Vaccination United Provinces of Agra and Oudh 1914-1922 - 1914-1922
Year: 1914
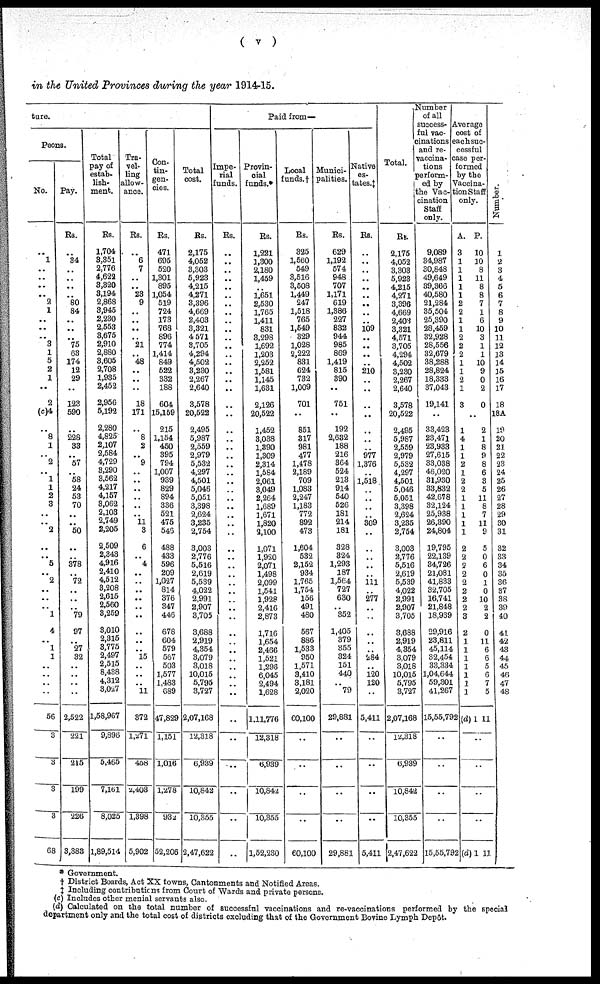
( v )
in the United Provinces during the year 1914-15.
ture.
Peons.
No.
..
1
..
..
. .
..
2 1
..
..
..
3
1
5
2
1
..
2
(c)4
..
8
1
..
2
..
1
1
2
3
..
..
2
..
..
5
..
2
..
..
.. 1
4
..
1
1
..
..
..
..
56
3
3
3
3
68
Pay.
Rs.
..
34
..
..
..
..
80
84
..
..
..
75
63
174
12
29
..
123
590
..
228
33
..
57
..
58
24
53
70
..
..
50
..
..
378
..
72
..
..
.. 79
97
..
27
32
..
..
..
..
2,522
221
215
199
226
3,383
Total
pay of
estab-
lish¬
ment.
Rs.
1,704
3,351
2,776
4,622
3,320
3,194
2,868
3,945
2,230
2,553
3,675
2,910
2,880
3,605
2,708
1,935
2,452
2,956
5,192
2,280
4,825
2,107
2,584
4,729
3,290
3,562
4,217
4,157
3,062
2,103
2,749
2,205
2,509
2,343
4,916
2,410
4,512
3,208
2,615
2,560
3,259
3,010
2,315
3,775
2,497
2,515
8,438
4,312
3,027
1,58,967
9,896
5,465
7,161
8,025
1,89,514
Tra-
vel-
ling
allow¬
ance.
Rs.
..
6
7
..
..
23
9
..
..
..
..
21
..
48
..
..
..
18
171
..
8
2
..
9
..
..
..
..
..
..
11
3
6
..
4
..
..
..
..
..
..
..
..
..
15
..
..
..
11
372
l,27l
458
2,403
1,398
5,902
Con¬
tin¬
gen¬
cies.
Rs.
471
695
520
1,301
895
1,054
519
724
173
768
896
774
1,414
849
522
332
188
604
15,159
215
1,154
450
395
794
1,007
939
829
894
336
521
475
546
488
433
596
209
1,027
814
376
347
446
678
604
579
567
503
1,577
1,483
689
47,829
1,151
1,016
1,278
932
52,206
Total
cost.
Rs.
2,175
4,052
3,303
5,923
4,215
4,271
3,396
4,669
2,403
3,321
4,571
3,705
4,294
4,502
3,230
2,267
2,640
3,578
20,522
2,495
5,987
2,559
2,979
5,532
4,297
4,501
5,046
5,051
3,398
2,624
3,235
2,754
3,003
2,776
5,516
2,619
5,539
4,022
2,991
2,907
3,705
3,688
2,919
4,354
3,079
3,018
10,015
5,795
3,727
2,07,168
12,318
6,939
10,842
10,355
2,47,622
Paid from—
Impe-
rial
funds.
Rs.
..
..
..
..
..
..
..
..
..
..
..
..
..
..
..
..
..
..
..
..
..
..
..
..
..
..
..
..
..
..
..
..
..
..
..
..
..
..
..
..
..
..
..
..
..
..
..
..
..
..
..
..
..
..
..
Provin-
cial
funds.*
Rs.
1,221
1,300
2,180
1,459
..
1,651
2,530
1,765
1,411
831
3,298
1,692
1,203
2,252
1,581
1,145
1,631
2,126
20,522
1,452
3,038
1,390
1,309
2,314
1,584
2,061
3,049
2,264
1,689
3,671
1,820
2,100
1,071
1,920
2,071
1,498
2,099
1,541
1,928
2,416
2,873
1,716
1,654
2,466
1,521
1,296
6,045
2,494
1,628
1,11,776
12,318
6,939
10,842
10,355
1,52,230
Local
funds.†
Rs.
325
1,560
549
3,516
3,508
1,449
247
1,518
765
1,549
329
1,028
2,222
831
624
732
1,009
701
..
851
317
981
477
1,478
2,189
709
1,083
2,247
1,183
772
892
473
1,604
532
2,152
934
1,765
1,754
156
491
480
567
886
1,533
950
1,571
3,410
3,181
2,020
60,100
..
. .
..
..
60,100
Munici-
palities.
Rs.
629
1,192
574
948
707
1,171
619
1,386
227
832
944
985
869
1,419
815
390
..
751
..
192
2,632
188
216
364
524
213
914
540
526
181
214
181
328
324
1,293
187
1,564
727
630
..
352
1,405
379
355
324
151
440
..
79
29,881
..
..
..
..
29,881
Native
es¬
tates.‡
Rs.
..
..
..
..
..
..
..
..
..
109
..
..
..
..
210
..
..
..
..
..
..
..
977
1,376
..
1,518
..
..
..
..
309
..
..
..
..
..
111
..
277
..
..
..
..
..
284
..
120
120
..
5,411
..
..
..
..
5,411
Total.
Rs.
2,175
4,052
3,303
5,923
4,215
4,271
3,398
4,669
2,408
3,321
4,571
3,705
4,294
4,502
3,230
2,267
2,640
3,578
20,522
2,495
5,987
2,559
2,979
5,532
4,297
4,501
5,046
5,051
3,398
2,624
3,235
2,754
3,003
2,776
5,516
2,619
5,539
4,022
2,991
2,907
3,705
3,688
2,919
4,354
3,079
3,018
10,015
5,795
3,727
2,07,168
12,318
6,939
10,842
10,355
2,47,622
Number
of all
success¬
ful vac¬
cinations
and re¬
vaccina¬
tions
perform¬
ed by
the Vac¬
cination
Staff
only.
9,089
34,987
30,848
49,649
39,366
40,580
21,284
35,504
25,390
28,459
32,928
28,556
32,679
38,288
28,824
18,333
37,043
19,141
..
33,423
23,471
23,933
27,615
33,038
46,020
31,930
33,832
42,678
32,124
25,938
26,390
24,804
19,795
22,139
34,726
21,081
41,833
32,705
16,741
21,848
18,939
29,916
23,811
45,114
32,454
33,334
1,04,644
59,301
41,267
15,55,792
..
..
..
..
15,55,792
Average
cost of
each suc-
cessful
case per-
formed
by the
Vaccina¬
tion Staff
only.
A.
3
1
1
1
1
1
2
2
1
1
2
2
2
1
1
2
1
3
..
1
4
1
1
2
1
2
2
1
1
1
1
1
2
2
2
2
2
2
2
2
3
2
1
1
1
1
1
1
1
(d) 1
P.
10
10
8
11
8
8
7
1
6
10
3
1
1
10
9
0
2
0
..
2
1
8
9
8
6
3
5
11
8
7
11
9
5
0
6
0
1
0
10
2
2
0
11
6
6
5
6
7
5
11
..
..
..
..
(d) 1 11
Number.
1
2
3
4
5
6
7
8
9
10
11
12
13
14
15
16
17
18
18A
19
20
21
22
23
24
25
26
27
28
29
30
31
32
33
34
35
36
37
38
39
40
41
42
43
44
45
46
47
48
* Government.
† District Boards, Act XX towns, Cantonments and Notified Areas.
‡ Including contributions from Court of Wards and private persons.
(c) Includes other menial servants also.
(d) Calculated on the total number of successful vaccinations and re-vaccinations performed by the special
department only and the total cost of districts excluding that of the Government Bovine Lymph Depôt.